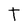
Character: t